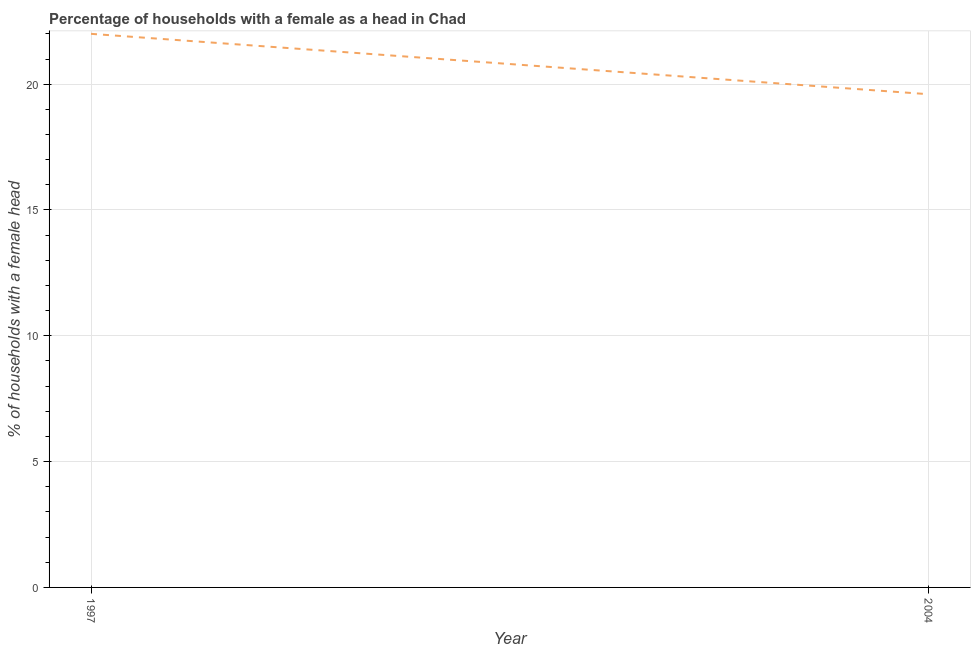
| Year | Female headed households |
 | --- | --- |
 | 1997 | 22 |
 | 2004 | 19.6 |